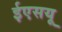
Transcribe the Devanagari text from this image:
ईएसयू